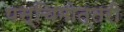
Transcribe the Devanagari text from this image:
पस्चिमोत्तरी